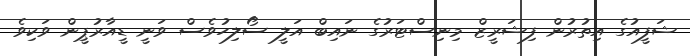
ޝަފީއުގެ އިތުރުން ފިޝަރީޒް މިނިސްޓަރުގެ ނައިބް އަލީ ސޯލިހުވެސް ވަނީ ޑީއާރުޕީން ވަކިވެ